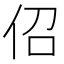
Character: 佋